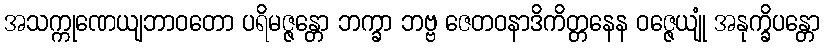
အသက္ကုဏေယျဘာဝတော ပရိမဇ္ဇန္တော ဘက္ခာ ဘဗ္ဗ ဇေတဝနာဒိကိတ္တနေန ဝဇ္ဇေယျုံ အနုက္ခိပန္တော